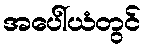
အပေါ်ယံတွင်